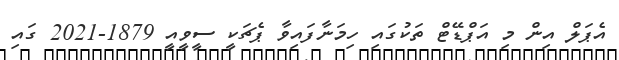
އެޕަލް އިން މި އަޕްޑޭޓް ތަކުގައި ހިމަނާފައިވާ ޕެޗަކީ ސީވީއީ 1879-2021 ގައި